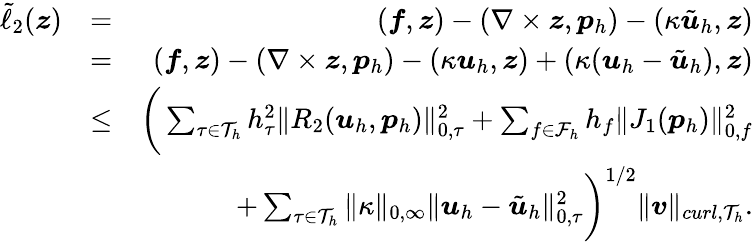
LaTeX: \begin{array}{rlr}{\tilde{\ell}_{2}(\boldsymbol{z})}&{=}&{(\boldsymbol{f},\boldsymbol{z})-(\nabla\times\boldsymbol{z},\boldsymbol{p}_{h})-(\kappa\tilde{\boldsymbol{u}}_{h},\boldsymbol{z})}\\ &{=}&{(\boldsymbol{f},\boldsymbol{z})-(\nabla\times\boldsymbol{z},\boldsymbol{p}_{h})-(\kappa\boldsymbol{u}_{h},\boldsymbol{z})+(\kappa(\boldsymbol{u}_{h}-\tilde{\boldsymbol{u}}_{h}),\boldsymbol{z})}\\ &{\leq}&{\bigg(\sum_{\tau\in\mathcal{T}_{h}}h_{\tau}^{2}\| R_{2}(\boldsymbol{u}_{h},\boldsymbol{p}_{h})\| _{0,\tau}^{2}+\sum_{f\in\mathcal{F}_{h}}h_{f}\| J_{1}(\boldsymbol{p}_{h})\| _{0,f}^{2}\bigg.}\\ {\bigg.}&{}&{+\sum_{\tau\in\mathcal{T}_{h}}\| \kappa\| _{0,\infty}\| \boldsymbol{u}_{h}-\tilde{\boldsymbol{u}}_{h}\| _{0,\tau}^{2}\bigg)^{1/2}\| \boldsymbol{v}\| _{curl,\mathcal{T}_{h}}.}\end{array}